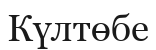
Күлтөбе